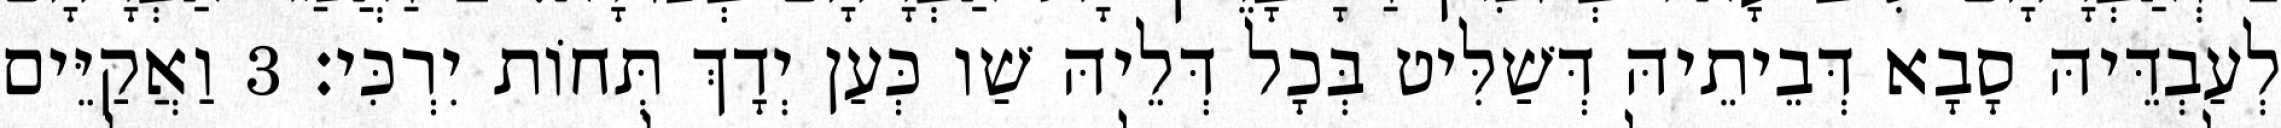
לְעַבְדֵּיהּ סָבָא דְּבֵיתֵיהּ דְּשַׁלִּיט בְּכָל דְּלֵיהּ שַׁו כְּעַן יְדָךְ תְּחוֹת יִרְכִּי׃ 3 וַאֲקַיֵּים